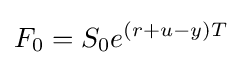
F_{0}=S_{0}e^{(r+u-y)T}